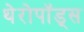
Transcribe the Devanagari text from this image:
थेरोपॉड्स